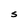
Character: S